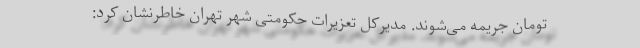
تومان جریمه می‌شوند. مدیرکل تعزیرات حکومتی شهر تهران خاطرنشان کرد: